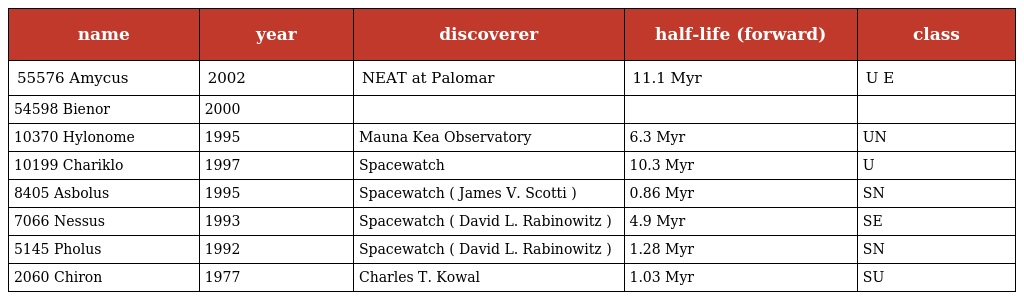
| name | year | discoverer | half-life (forward) | class |
 | --- | --- | --- | --- | --- |
 | 55576 Amycus | 2002 | NEAT at Palomar | 11.1 Myr | U E |
 | 54598 Bienor | 2000 |  |  |  |
 | 10370 Hylonome | 1995 | Mauna Kea Observatory | 6.3 Myr | UN |
 | 10199 Chariklo | 1997 | Spacewatch | 10.3 Myr | U |
 | 8405 Asbolus | 1995 | Spacewatch ( James V. Scotti ) | 0.86 Myr | SN |
 | 7066 Nessus | 1993 | Spacewatch ( David L. Rabinowitz ) | 4.9 Myr | SE |
 | 5145 Pholus | 1992 | Spacewatch ( David L. Rabinowitz ) | 1.28 Myr | SN |
 | 2060 Chiron | 1977 | Charles T. Kowal | 1.03 Myr | SU |